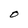
Character: O